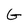
Character: G